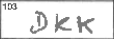
Transcription: DKK